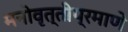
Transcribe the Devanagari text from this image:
मनोवृत्तीप्रमाणे